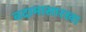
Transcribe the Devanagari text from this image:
बदामासारखा